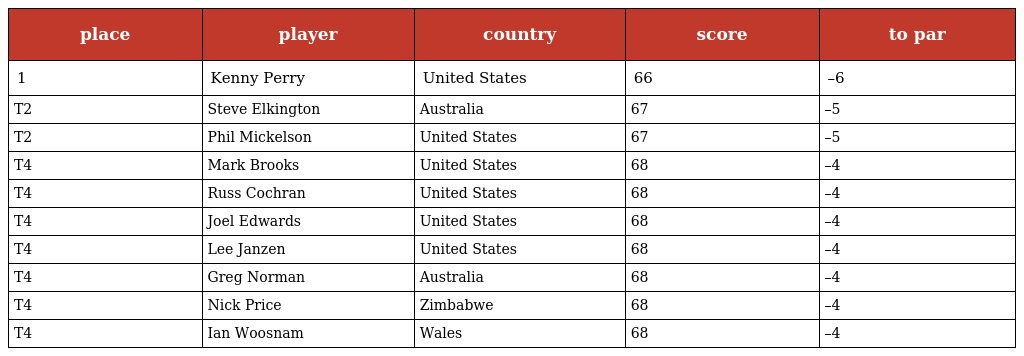
| place | player | country | score | to par |
 | --- | --- | --- | --- | --- |
 | 1 | Kenny Perry | United States | 66 | –6 |
 | T2 | Steve Elkington | Australia | 67 | –5 |
 | T2 | Phil Mickelson | United States | 67 | –5 |
 | T4 | Mark Brooks | United States | 68 | –4 |
 | T4 | Russ Cochran | United States | 68 | –4 |
 | T4 | Joel Edwards | United States | 68 | –4 |
 | T4 | Lee Janzen | United States | 68 | –4 |
 | T4 | Greg Norman | Australia | 68 | –4 |
 | T4 | Nick Price | Zimbabwe | 68 | –4 |
 | T4 | Ian Woosnam | Wales | 68 | –4 |